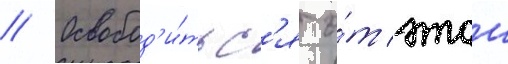
// Освобод'и́тьс'я о́т этои